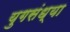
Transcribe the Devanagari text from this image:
युगसंध्या